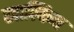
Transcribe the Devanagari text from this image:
खाल्किन